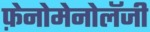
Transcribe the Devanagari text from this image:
फ़ेनोमेनोलॅजी